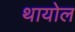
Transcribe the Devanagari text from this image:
थायोल